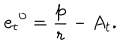
LaTeX: { e _ { t } } ^ { 0 } = \frac p r - A _ { t } .